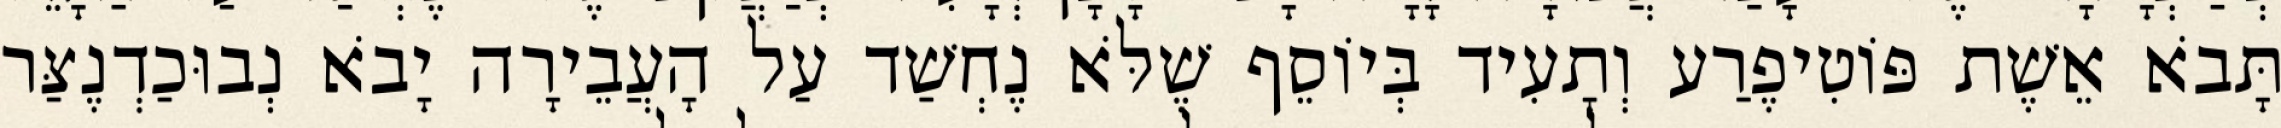
תָּבֹא אֵשֶׁת פּוֹטִיפֶרַע וְתָעִיד בְּיוֹסֵף שֶׁלֹּא נֶחְשַׁד עַל הָעֲבֵירָה יָבֹא נְבוּכַדְנֶצַּר